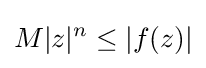
M|z|^{n}\leq |f(z)|